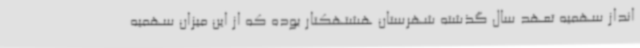
انداز سهمیه تعهد سال گذشته شهرستان هشتهکتار بوده که از این میزان سهمیه